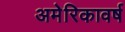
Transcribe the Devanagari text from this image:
अमेरिकावर्ष